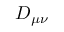
\cal { D } _ { \mu \nu }